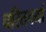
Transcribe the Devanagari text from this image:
चरितचर्या